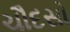
ચૌદસો